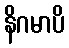
နိဂမာပိ